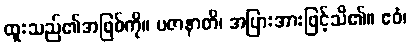
ထူးသည်၏အဖြစ်ကို။ ပဇာနာတိ၊ အပြားအားဖြင့်သိ၏။ ဧဝံ၊